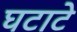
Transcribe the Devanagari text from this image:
घटाटे